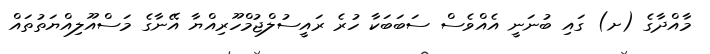
މާއްދާގެ (ށ) ގައި ބުނަނީ އެއްވެސް ސަބަބަކާ ހުރެ ރައީސުލްޖުމްހޫރިއްޔާ އޭނާގެ މަސްއޫލިއްޔަތުތައް